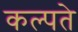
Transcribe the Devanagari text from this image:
कल्पते